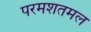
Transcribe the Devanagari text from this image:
परमशतमल